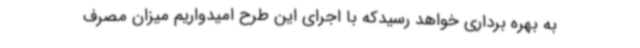
به بهره برداری خواهد رسیدکه با اجرای این طرح امیدواریم میزان مصرف